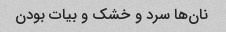
نان‌ها سرد و خشک و بیات بودن